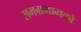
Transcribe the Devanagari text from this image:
समग्रभागको